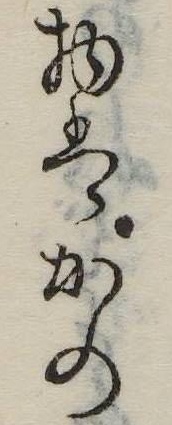
物はかの